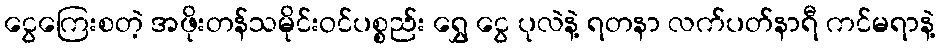
ငွေကြေးစတဲ့ အဖိုးတန်သမိုင်းဝင်ပစ္စည်း ရွှေ ငွေ ပုလဲနဲ့ ရတနာ လက်ပတ်နာရီ ကင်မရာနဲ့